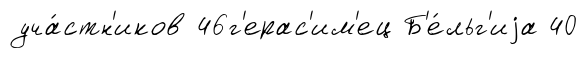
уча́стн'иков 46г'ерас'им'ец Б'е́льг'иjа 40